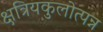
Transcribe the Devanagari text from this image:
क्षत्रियकुलोत्पन्न